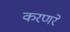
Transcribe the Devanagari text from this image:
करणरे